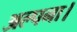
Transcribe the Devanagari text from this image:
अल्पना।